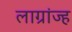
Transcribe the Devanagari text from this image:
लाग्रांज्ह